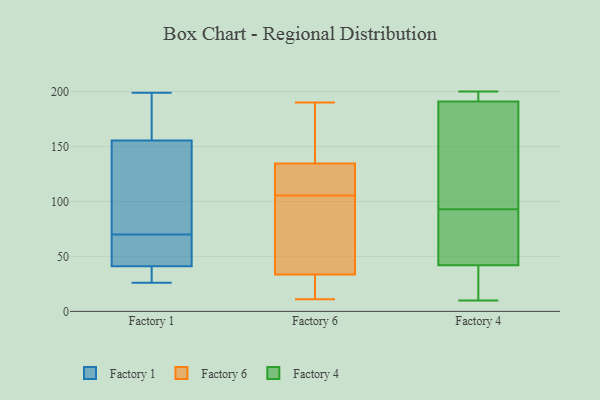
{"axis": {"x": "Headcount", "y": "Value"}, "legend": ["Factory 1", "Factory 4", "Factory 6"], "data": [{"x": "", "y": 26, "type": "Factory 1"}, {"x": "", "y": 50, "type": "Factory 1"}, {"x": "", "y": 144, "type": "Factory 1"}, {"x": "", "y": 32, "type": "Factory 1"}, {"x": "", "y": 30, "type": "Factory 1"}, {"x": "", "y": 199, "type": "Factory 1"}, {"x": "", "y": 53, "type": "Factory 1"}, {"x": "", "y": 188, "type": "Factory 1"}, {"x": "", "y": 167, "type": "Factory 1"}, {"x": "", "y": 76, "type": "Factory 1"}, {"x": "", "y": 64, "type": "Factory 1"}, {"x": "", "y": 114, "type": "Factory 1"}, {"x": "", "y": 11, "type": "Factory 6"}, {"x": "", "y": 96, "type": "Factory 6"}, {"x": "", "y": 190, "type": "Factory 6"}, {"x": "", "y": 119, "type": "Factory 6"}, {"x": "", "y": 129, "type": "Factory 6"}, {"x": "", "y": 140, "type": "Factory 6"}, {"x": "", "y": 62, "type": "Factory 6"}, {"x": "", "y": 33, "type": "Factory 6"}, {"x": "", "y": 115, "type": "Factory 6"}, {"x": "", "y": 21, "type": "Factory 6"}, {"x": "", "y": 190, "type": "Factory 6"}, {"x": "", "y": 34, "type": "Factory 6"}, {"x": "", "y": 10, "type": "Factory 4"}, {"x": "", "y": 67, "type": "Factory 4"}, {"x": "", "y": 94, "type": "Factory 4"}, {"x": "", "y": 192, "type": "Factory 4"}, {"x": "", "y": 160, "type": "Factory 4"}, {"x": "", "y": 191, "type": "Factory 4"}, {"x": "", "y": 172, "type": "Factory 4"}, {"x": "", "y": 42, "type": "Factory 4"}, {"x": "", "y": 92, "type": "Factory 4"}, {"x": "", "y": 197, "type": "Factory 4"}, {"x": "", "y": 200, "type": "Factory 4"}, {"x": "", "y": 28, "type": "Factory 4"}, {"x": "", "y": 22, "type": "Factory 4"}, {"x": "", "y": 57, "type": "Factory 4"}]}